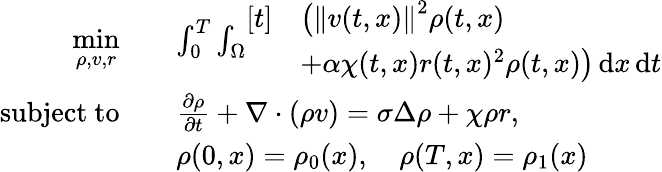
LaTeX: \begin{array}{rl}{\underset{\rho,v,r}{\mathrm{min}}\quad}&{\int_{0}^{T}\int_{\Omega}\begin{array}{rl}{[t]}&{\big(\left\lVert v(t,x)\right\rVert^{2}\rho(t,x)}\\ &{+\alpha\chi(t,x)r(t,x)^{2}\rho(t,x)\big)\, \mathrm{d}x\, \mathrm{d}t}\end{array}}\\ {\mathrm{subject~to}\quad}&{\frac{\partial\rho}{\partial t}+\nabla\cdot(\rho v)=\sigma\Delta\rho+\chi\rho r,}\\ &{\rho(0,x)=\rho_{0}(x),\quad\rho(T,x)=\rho_{1}(x)}\end{array}